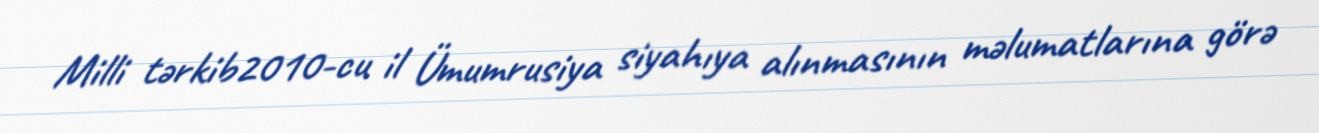
Milli tərkib2010-cu il Ümumrusiya siyahıya alınmasının məlumatlarına görə